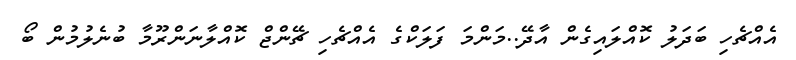
އެއްޗެހި ބަދަލު ކޮއްލައިގެން އާދޭ..މަންމަ ފަލަކްގެ އެއްޗެހި ޗޭންޖް ކޮއްލާނަންރޫމާ ބުނެލުމުން ބޯ